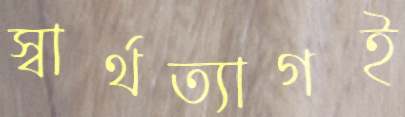
স্বার্থত্যাগই